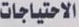
الاحتياجات